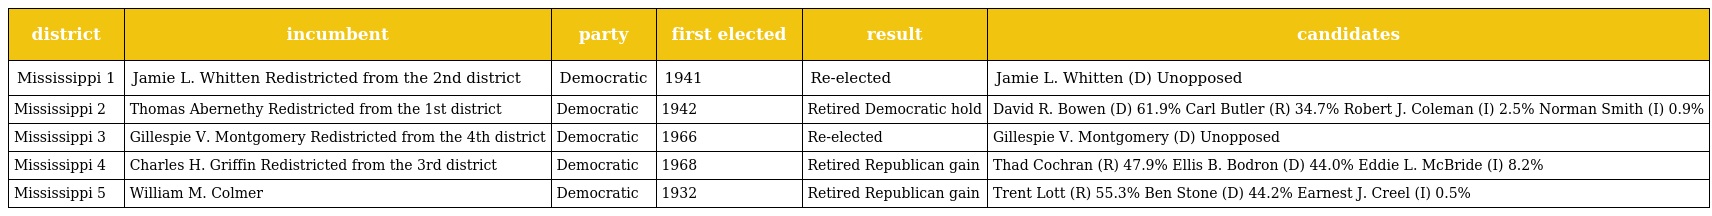
| district | incumbent | party | first elected | result | candidates |
 | --- | --- | --- | --- | --- | --- |
 | Mississippi 1 | Jamie L. Whitten Redistricted from the 2nd district | Democratic | 1941 | Re-elected | Jamie L. Whitten (D) Unopposed |
 | Mississippi 2 | Thomas Abernethy Redistricted from the 1st district | Democratic | 1942 | Retired Democratic hold | David R. Bowen (D) 61.9% Carl Butler (R) 34.7% Robert J. Coleman (I) 2.5% Norman Smith (I) 0.9% |
 | Mississippi 3 | Gillespie V. Montgomery Redistricted from the 4th district | Democratic | 1966 | Re-elected | Gillespie V. Montgomery (D) Unopposed |
 | Mississippi 4 | Charles H. Griffin Redistricted from the 3rd district | Democratic | 1968 | Retired Republican gain | Thad Cochran (R) 47.9% Ellis B. Bodron (D) 44.0% Eddie L. McBride (I) 8.2% |
 | Mississippi 5 | William M. Colmer | Democratic | 1932 | Retired Republican gain | Trent Lott (R) 55.3% Ben Stone (D) 44.2% Earnest J. Creel (I) 0.5% |